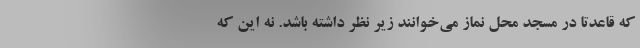
که قاعدتا در مسجد محل نماز می‌خوانند زیر نظر داشته باشد. نه این که